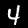
Label: 4